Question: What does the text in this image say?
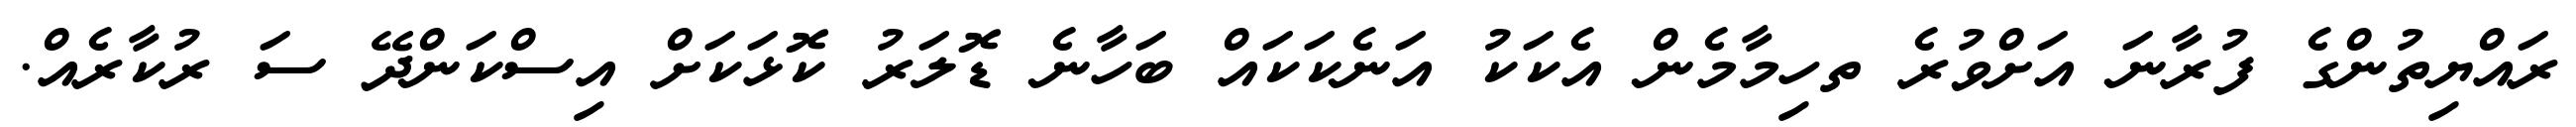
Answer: ރައްޔިތުންގެ ފުރާނަ އަށްވުރެ ތހިމާމެން އެކަކު އަނެކަކައް ބަހާނެ ޑޮލަރު ކޮޅަކަށް އިސްކަންދޭ ސަ ރުކާރެއް.